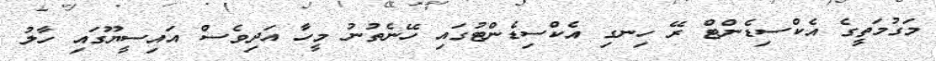
މަގުމަތީގެ އެކްސިޑެންޓް ރޭ ހިނގި އެކްސިޑެންޓުގައި ހޭނެތުނު މީހާ އަދިވެސް އައިސީޔޫގައި ހާލު